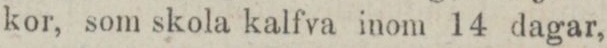
kor, som skola kalfva inom 14 dagar,